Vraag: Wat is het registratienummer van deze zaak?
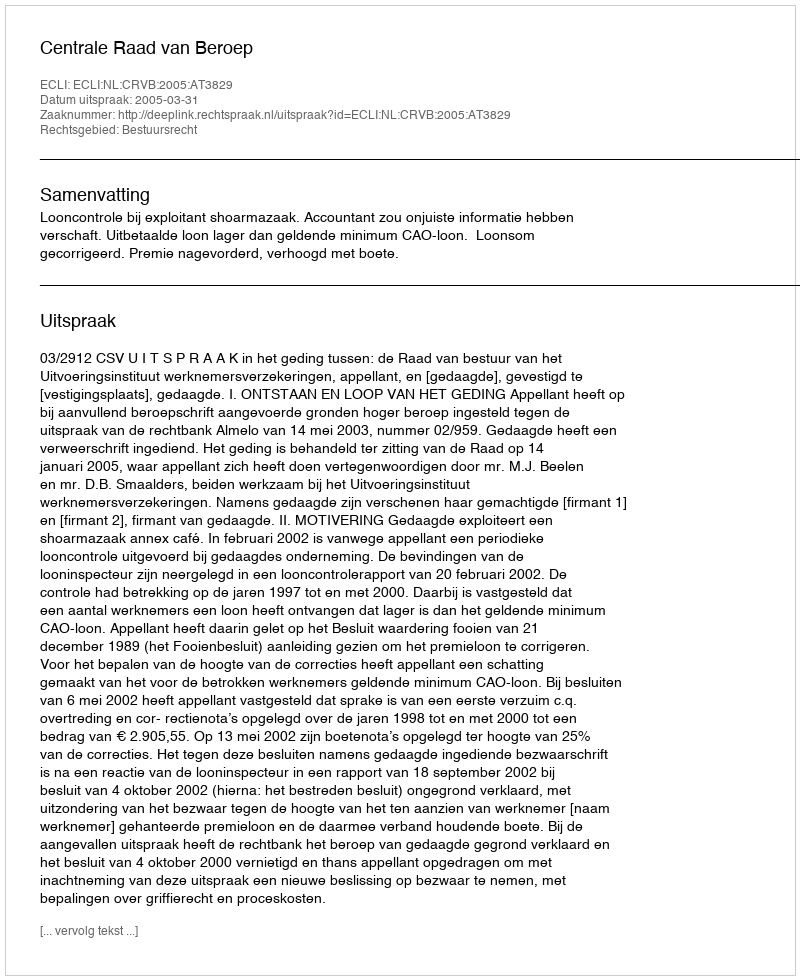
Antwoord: http://deeplink.rechtspraak.nl/uitspraak?id=ECLI:NL:CRVB:2005:AT3829